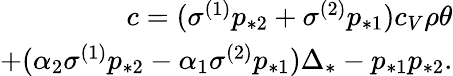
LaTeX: \begin{array}{r}{c=(\sigma^{(1)}p_{*2}+\sigma^{(2)}p_{*1})c_{V}\rho\theta}\\ {+(\alpha_{2}\sigma^{(1)}p_{*2}-\alpha_{1}\sigma^{(2)}p_{*1})\Delta_{*}-p_{*1}p_{*2}.}\end{array}